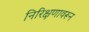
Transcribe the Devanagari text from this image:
निरिक्षणावरून